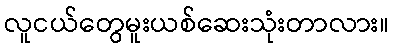
လူငယ်တွေမူးယစ်ဆေးသုံးတာလား။